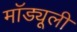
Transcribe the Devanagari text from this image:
मॉड्यूली